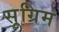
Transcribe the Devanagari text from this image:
सूग्रिम